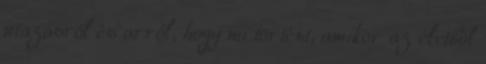
utazásról és arról, hogy mi történt, amikor az életből